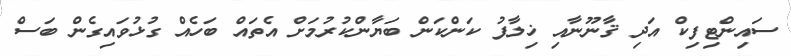
ސައިންޓިފިކް އަދި ޤާނޫނާއި ޚިލާފު ކަންކަން ބަޔާންކުރުމަށް އެތައް ބަހެއް ގުޅުވައިގެން ބަސް